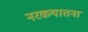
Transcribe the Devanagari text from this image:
नरकयातना